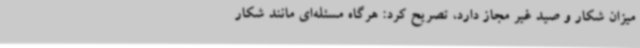
میزان شکار و صید غیر مجاز دارد، تصریح کرد: هرگاه مسئله‌ای مانند شکار